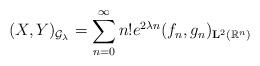
LaTeX: \begin{align*} (X, Y)_{\mathcal{G}_{\lambda}}=\sum_{n=0}^{\infty}n! e^{2\lambda n}(f_n, g_n)_{\mathbf{L}^2(\mathbb{R}^n)}\end{align*}